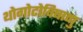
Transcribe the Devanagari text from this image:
थोगोटोविषाणु